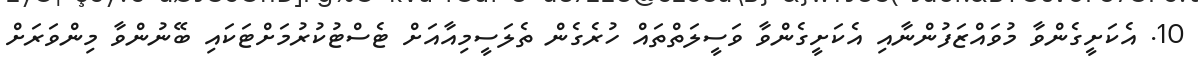
10. އެކަށީގެންވާ މުވައްޒަފުންނާއި އެކަށީގެންވާ ވަސީލަތްތައް ހުރެގެން ތެލަސީމިއާއަށް ޓެސްޓުކުރުމަށްޓަކައި ބޭނުންވާ މިންވަރަށް